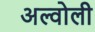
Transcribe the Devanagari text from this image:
अल्वोली